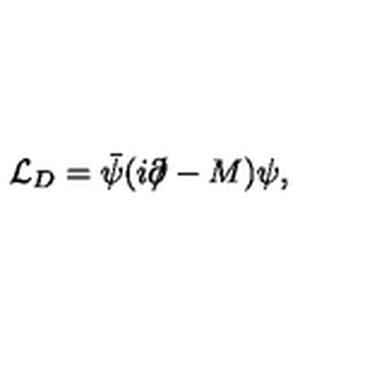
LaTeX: { \cal L } _ { D } = \bar { \psi } ( i \partial \! \! \! / - M ) \psi ,